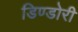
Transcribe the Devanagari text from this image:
डिण्डोरी